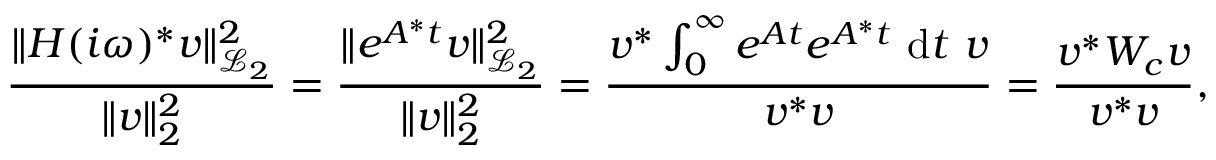
\frac { \| \b { H } ( i \omega ) ^ { * } \b { v } \| _ { \mathcal { L } _ { 2 } } ^ { 2 } } { \| \b { v } \| _ { 2 } ^ { 2 } } = \frac { \| e ^ { \b { A } ^ { * } t } \b { v } \| _ { \mathcal { L } _ { 2 } } ^ { 2 } } { \| \b { v } \| _ { 2 } ^ { 2 } } = \frac { \b { v } ^ { * } \int _ { 0 } ^ { \infty } e ^ { \b { A } t } e ^ { \b { A } ^ { * } t } ~ \mathrm { d } t ~ \b { v } } { \b { v } ^ { * } \b { v } } = \frac { \b { v } ^ { * } \b { W _ { c } } \b { v } } { \b { v } ^ { * } \b { v } } ,